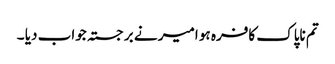
تم ناپاک کافرہ ہو امیر نے برجستہ جواب دیا ۔